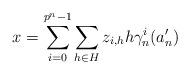
LaTeX: \begin{align*} x = \sum_{i=0}^{p^n-1} \sum_{h \in H} z_{i,h} h \gamma_n^i(a_n') \end{align*}